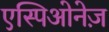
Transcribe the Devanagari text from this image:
एस्पिओनेज़